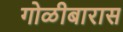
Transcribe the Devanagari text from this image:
गोळीबारास